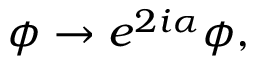
\phi \rightarrow e ^ { 2 i \alpha } \phi ,